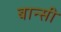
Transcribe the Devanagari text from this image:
बान्‍सी